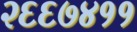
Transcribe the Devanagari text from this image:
२६६७४११